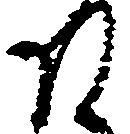
そ